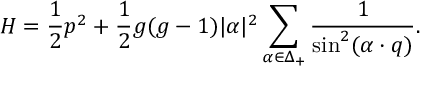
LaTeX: { \cal H } = { \frac { 1 } { 2 } } p ^ { 2 } + { \frac { 1 } { 2 } } g ( g - 1 ) | \alpha | ^ { 2 } \sum _ { \alpha \in \Delta _ { + } } { \frac { 1 } { \sin ^ { 2 } ( \alpha \cdot q ) } } .